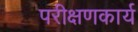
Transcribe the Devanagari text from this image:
परीक्षणकार्य